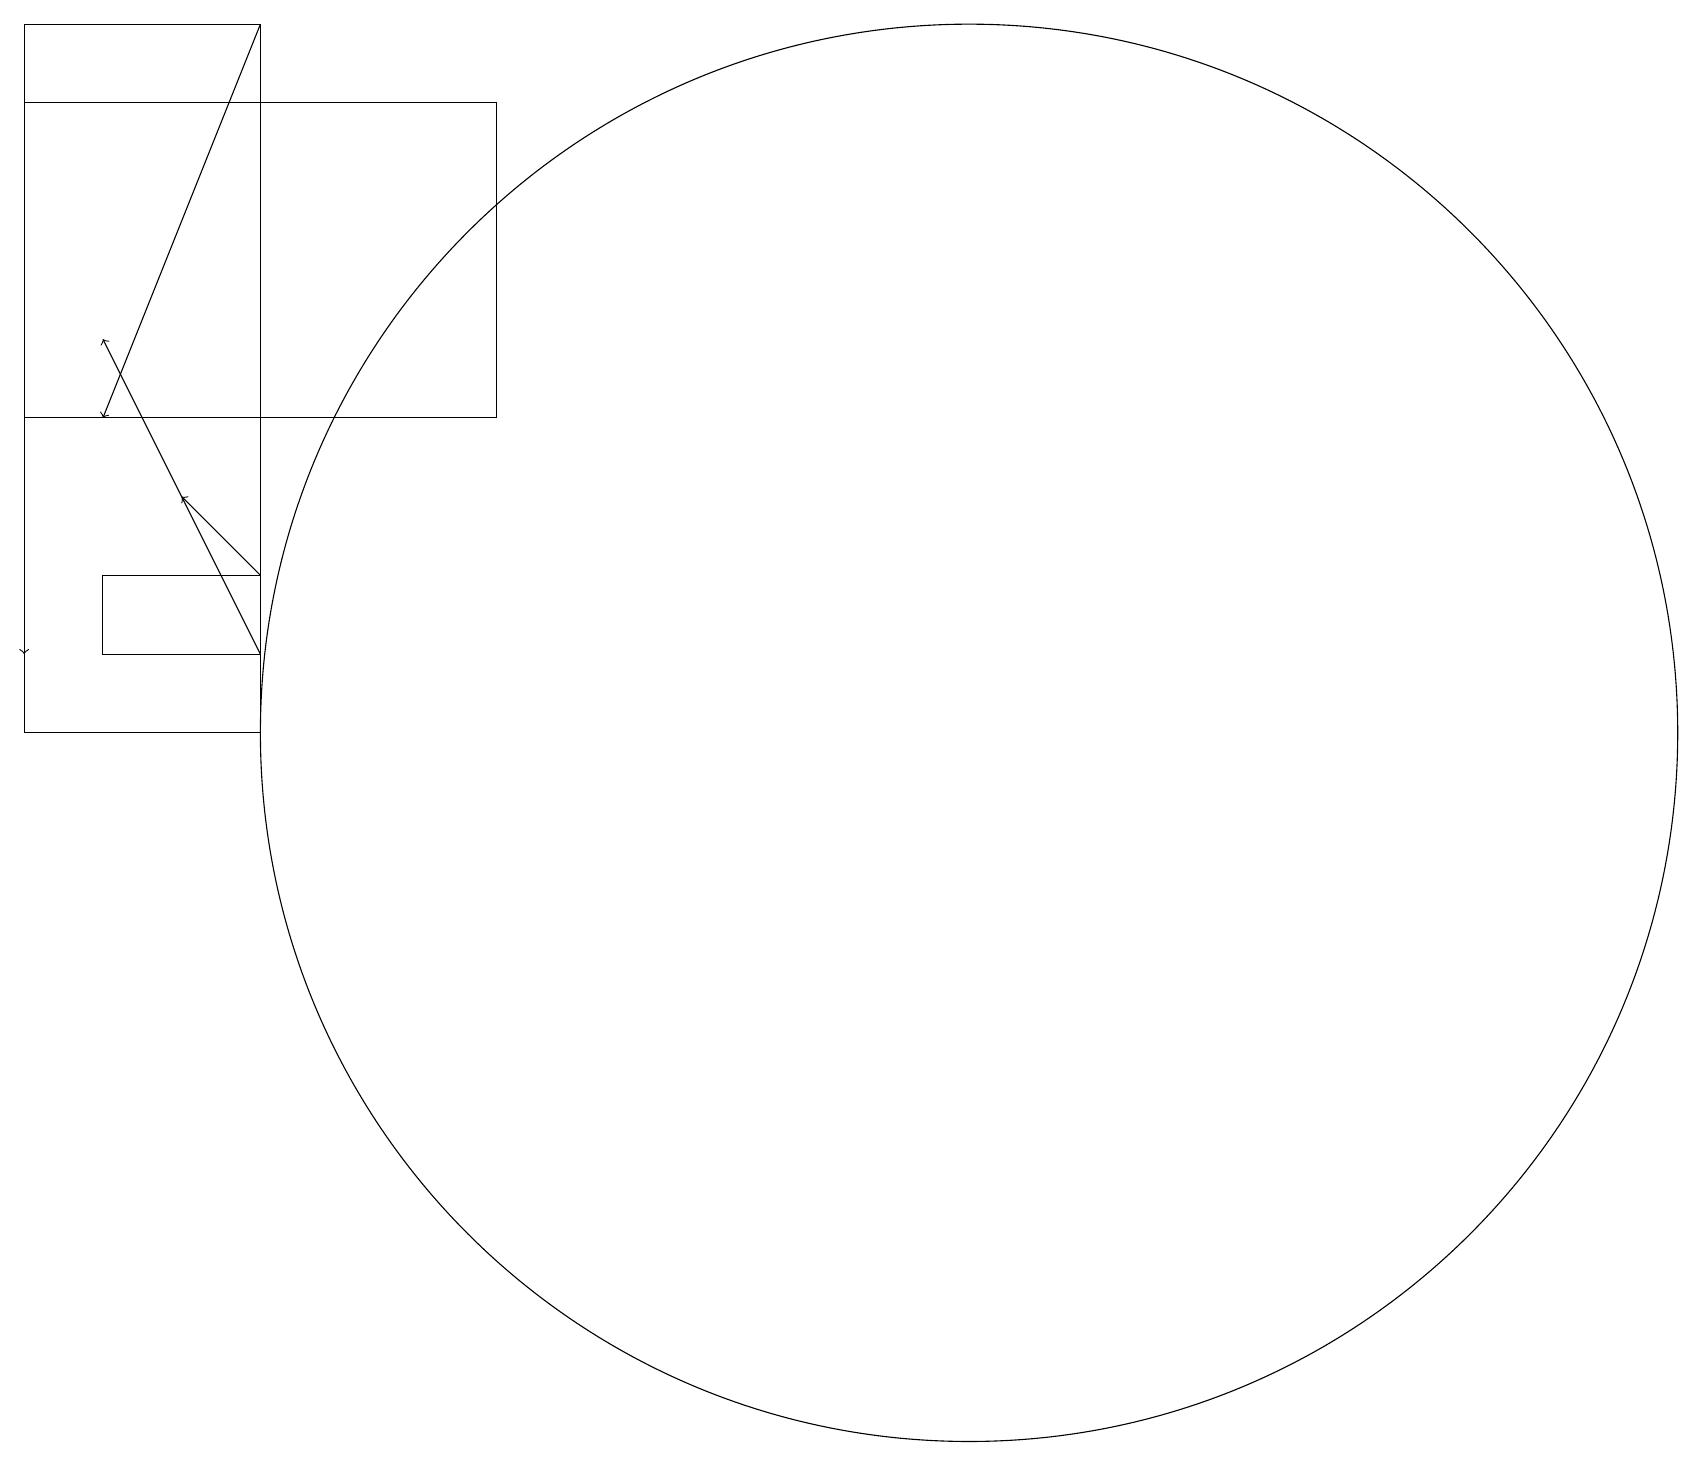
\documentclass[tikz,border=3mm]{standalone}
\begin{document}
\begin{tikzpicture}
\draw[->] (3,19) -- (1,14);
\draw[->] (3,11) -- (1,15);
\draw[->] (3,12) -- (2,13);
\draw (12,10) circle (9);
\draw (0,19) rectangle (3,10);
\draw[->] (0,17) -- (0,11);
\draw (1,11) rectangle (3,12);
\draw (6,14) rectangle (0,18);
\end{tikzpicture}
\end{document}